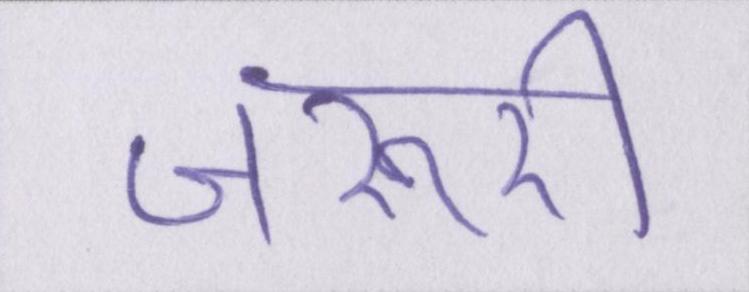
जरूरी